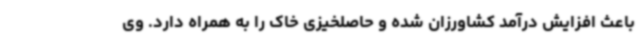
باعث افزایش درآمد کشاورزان شده و حاصلخیزی خاک را به همراه دارد. وی